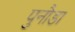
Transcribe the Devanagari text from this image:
पुनौडा